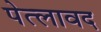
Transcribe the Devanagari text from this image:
पेत्लावद